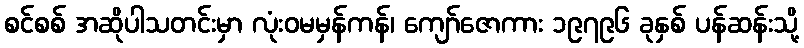
စင်စစ် အဆိုပါသတင်းမှာ လုံးဝမမှန်ကန်၊ ကျော်ဇောကား ၁၉၇၉၆ ခုနှစ် ပန်ဆန်းသို့